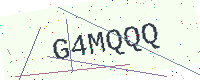
Text: G4MQQQ